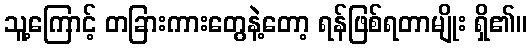
သူ့ကြောင့် တခြားကားတွေနဲ့တော့ ရန်ဖြစ်ရတာမျိုး ရှိ၏။